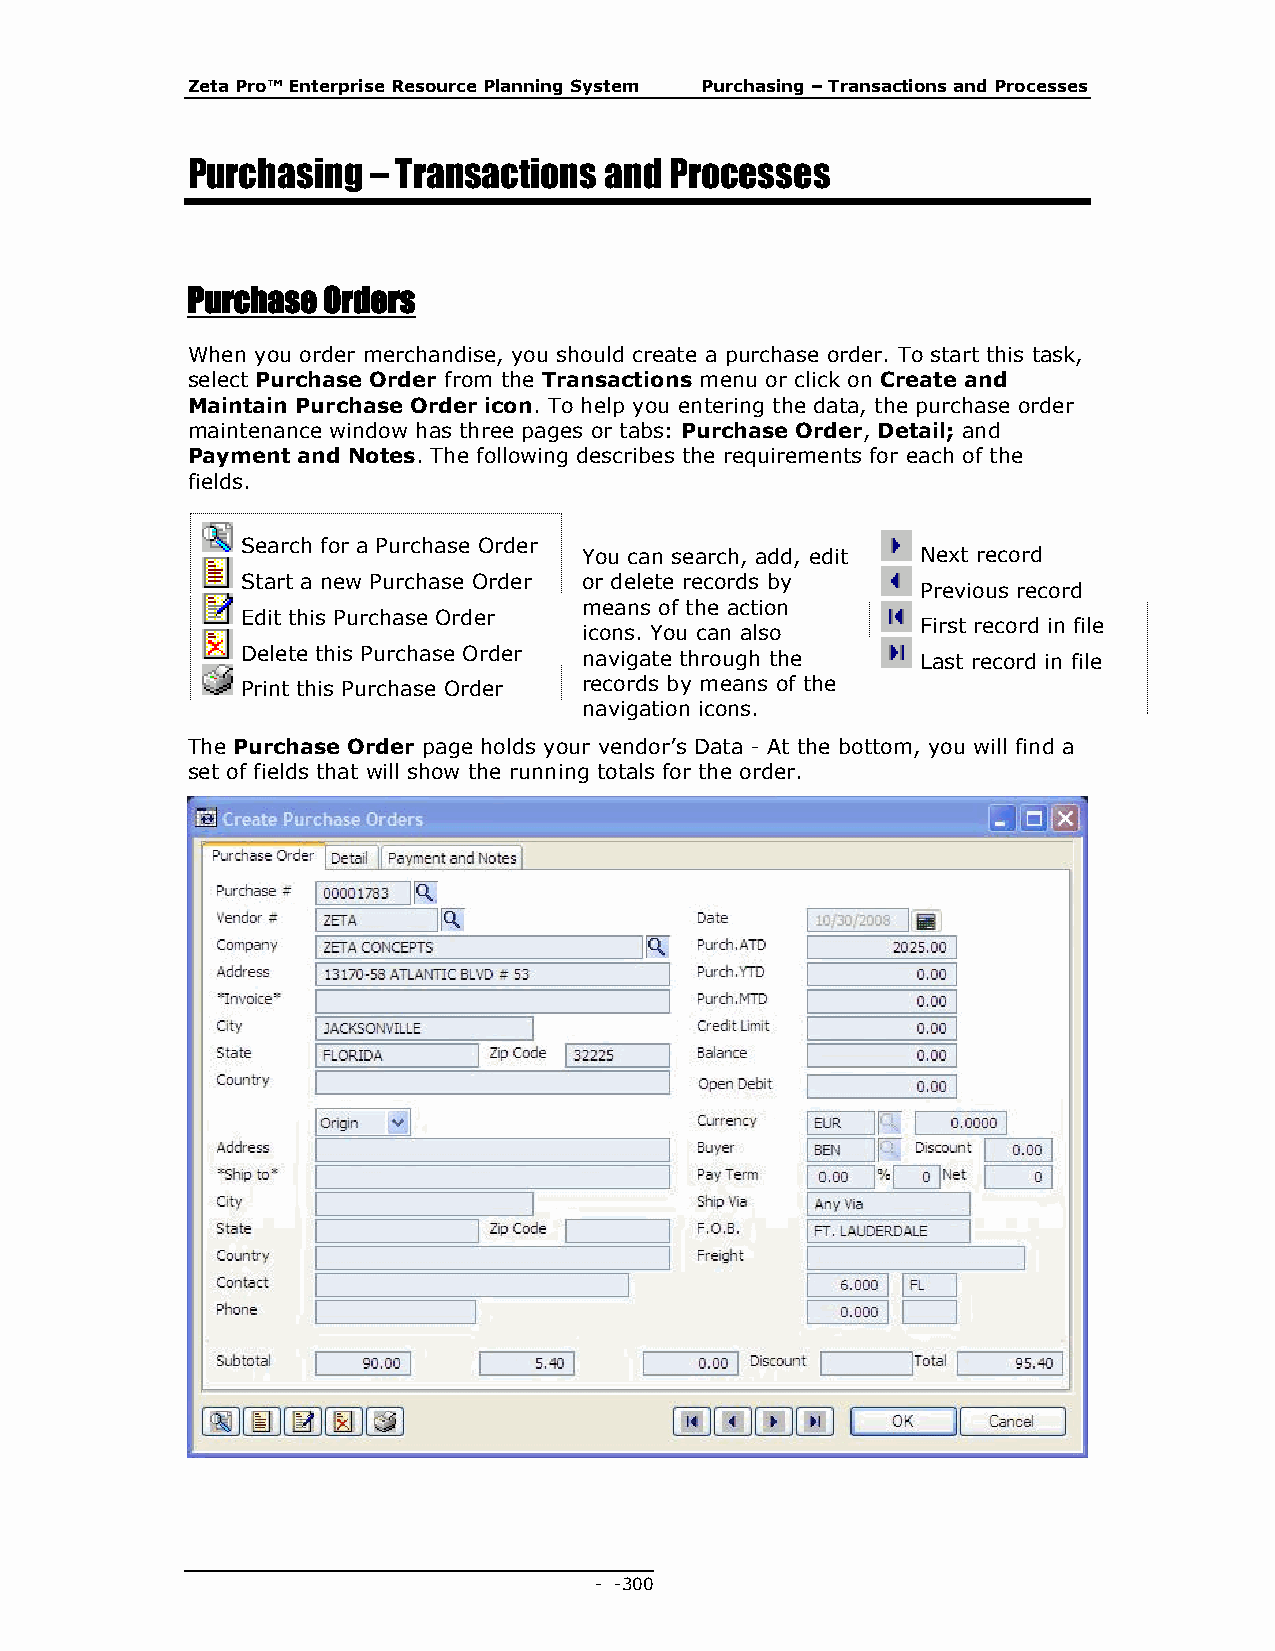
Zeta Pro™ Enterprise Resource Planning System Purchasing – Transactions and Processes
 Purchasing  – Transactions  and Processes
 Purchase Orders
 When you order merchandise, you should create a purchase order. To start this task,
 select Purchase Order from the Transactions menu or click on Create and
 Maintain Purchase Order icon. To help you entering the data, the purchase order
 maintenance window has three pages or tabs: Purchase Order, Detail; and
 Payment and Notes. The following describes the requirements for each of the
 fields.
 Search for a Purchase Order
 You can search, add, edit Next record
 Start a new Purchase Order or delete records by
 Previous record
 means of the action
 Edit this Purchase Order
 First record in file
 icons. You can also
 Delete this Purchase Order navigate through the Last record in file
 Print this Purchase Order records by means of the
 navigation icons.
 The Purchase Order page holds your vendor’s Data - At the bottom, you will find a
 set of fields that will show the running totals for the order.
 - - 300